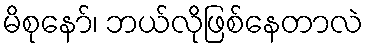
မိစုနော်၊ ဘယ်လိုဖြစ်နေတာလဲ